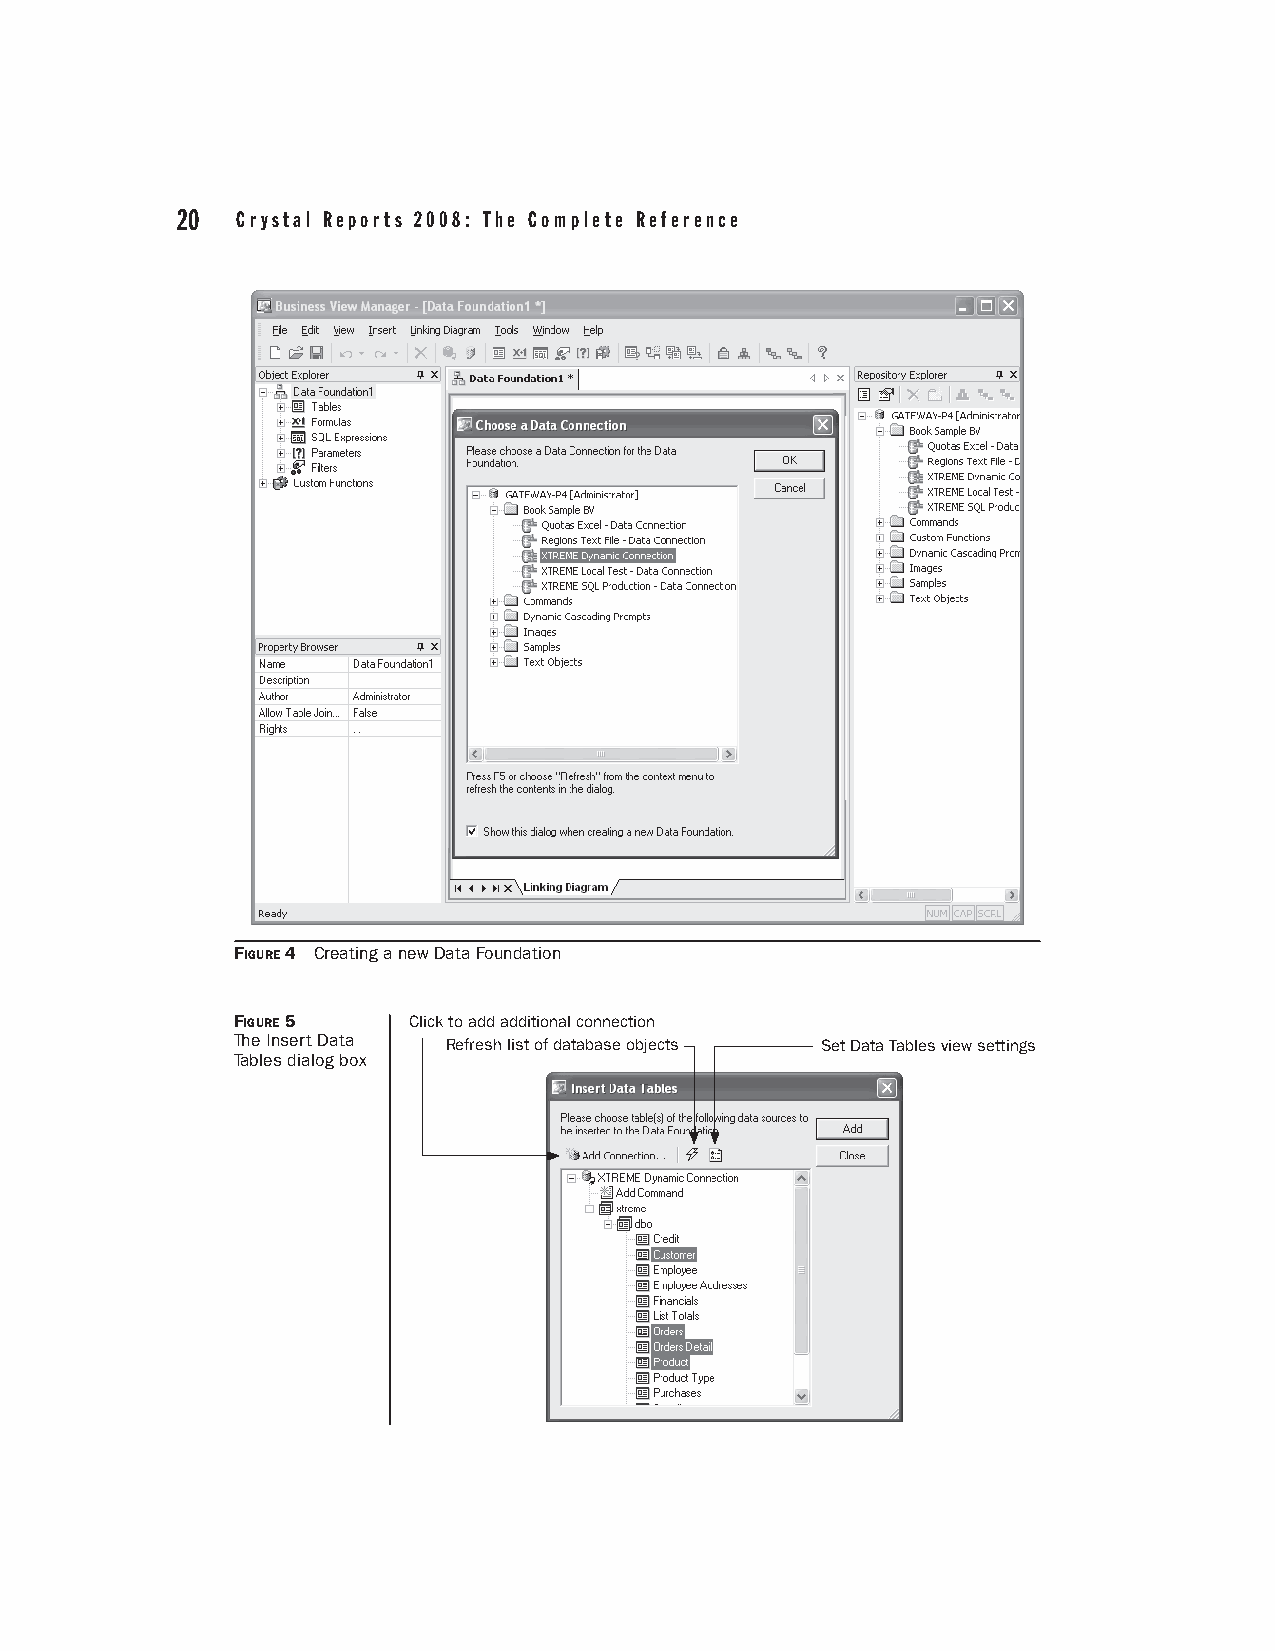
20  Crystal Reports 2008: The Complete Reference
 FIGURE 4 Creating a new Data Foundation
 FIGURE 5    Click to add additional connection
 The Insert Data Refresh list of database objects Set Data Tables view settings
 Tables dialog box